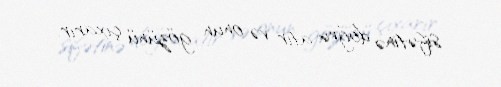
sifətinə doğru atır və onun gözünü çıxarır.